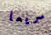
سريعا